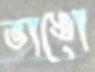
ভাঙো